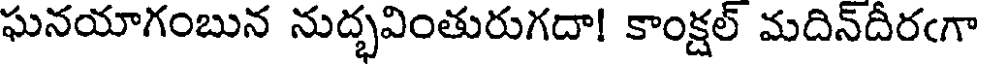
ఘనయాగంబున నుద్భవింతురుగదా! కాంక్షల్ మదిన్దీరఁగా